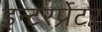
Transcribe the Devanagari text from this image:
इन्टरर्प्रेटर